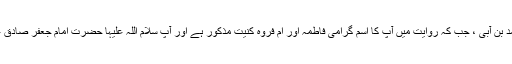
سیدہ ام فروہ بنت القاسم بن محمد بن آبی ، جب کہ روایت میں آپ کا اسم گرامی فاطمہ اور ام فروہ کنیت مذکور ہے اور آپ سلام اللہ علیہا حضرت امام جعفر صادق علیہ السلام کی والدہ ماجدہ ہیں ۔